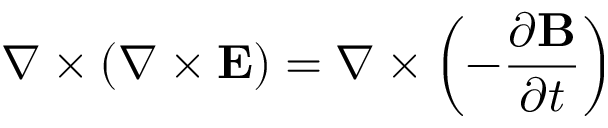
\nabla \times \left( \nabla \times \mathbf { E } \right) = \nabla \times \left( - { \frac { \partial \mathbf { B } } { \partial t } } \right)